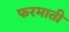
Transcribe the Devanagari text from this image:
फरमाती